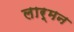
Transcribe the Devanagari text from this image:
लार्मन